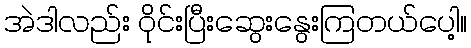
အဲဒါလည်း ဝိုင်းပြီးဆွေးနွေးကြတယ်ပေါ့။